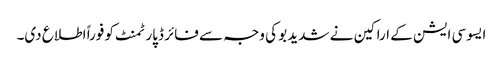
ایسوسی ایشن کے اراکین نے شدید بو کی وجہ سے فائر ڈپارٹمنٹ کو فوراً اطلاع دی۔